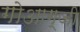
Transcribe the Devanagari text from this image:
गोआग्जी